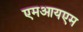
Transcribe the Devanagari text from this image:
एमआयएम